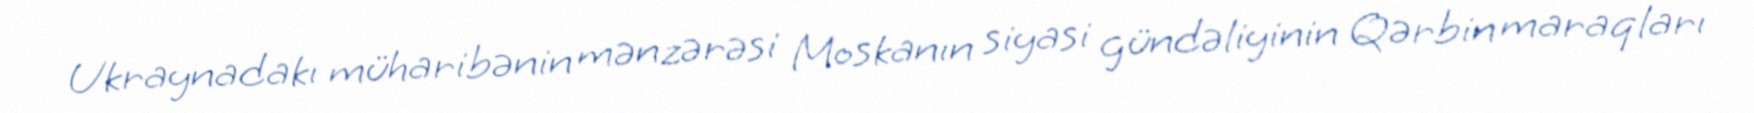
Ukraynadakı müharibənin mənzərəsi Moskanın siyasi gündəliyinin Qərbin maraqları